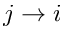
j \rightarrow i